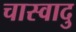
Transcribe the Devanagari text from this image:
चास्वादु